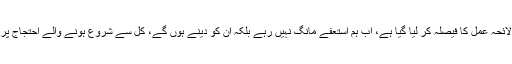
احتجاج کے اگلے لائحہ عمل کا فیصلہ کر لیا گیا ہے، اب ہم استعفے مانگ نہیں رہے بلکہ ان کو دینے ہوں گے، کل سے شروع ہونے والے احتجاج پر کوئی پابندی نہیں۔